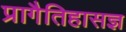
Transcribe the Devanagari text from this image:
प्रागैतिहासज्ञ